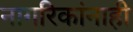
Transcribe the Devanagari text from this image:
नागरिकांनाही